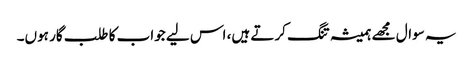
یہ سوال مجھے ہمیشہ تنگ کرتے ہیں، اس لیے جواب کا طلب گار ہوں۔